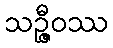
သဉ္ဇီဝဿ